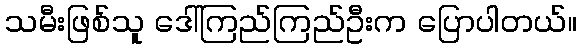
သမီးဖြစ်သူ ဒေါ်ကြည်ကြည်ဦးက ပြောပါတယ်။